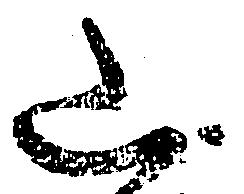
山